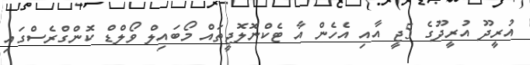
އުރީދޫ އުރީދޫގެ 5ޖީ އާއި އެހެން އާ ޓެކްނޮލޮޖީތައް މޯބައިލް ވޯލްޑް ކޮންގްރެސްގައި